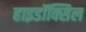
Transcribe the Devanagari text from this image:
हाइडॉक्सिल